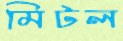
মিটল